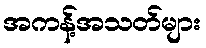
အကန့်အသတ်များ